Vaccination in Bombay 1863-1868 - 1863-1868
Year: 1863
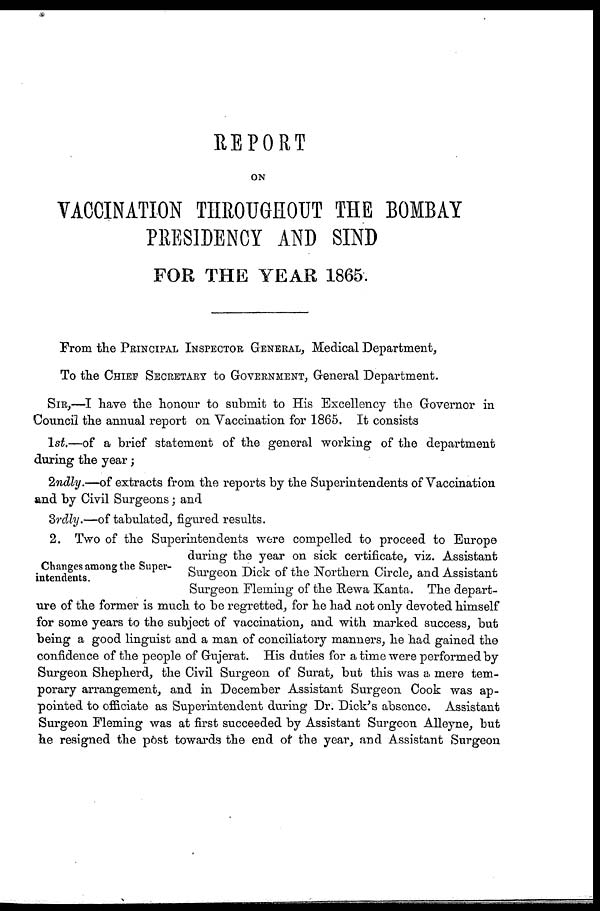
REPORT
ON
VACCINATION THROUGHOUT THE BOMBAY
PRESIDENCY AND SIND
FOR THE YEAR 1865.
From the PRINCIPAL INSPECTOR GENERAL, Medical Department,
To the CHIEF SECRETARY to GOVERNMENT, General Department.
SIR,—I have the honour to submit to His Excellency the Governor in
Council the annual report on Vaccination for 1865. It consists
1st.—of a brief statement of the general working of the department
during the year;
2ndly.—of extracts from the reports by the Superintendents of Vaccination
and by Civil Surgeons; and
3rdly.—of tabulated, figured results.
Changes among the Super-
intendents.
2. Two of the Superintendents were compelled to proceed to Europe
during the year on sick certificate, viz. Assistant
Surgeon Dick of the Northern Circle, and Assistant
Surgeon Fleming of the Rewa Kanta. The depart-
ure of the former is much to be regretted, for he had not only devoted himself
for some years to the subject of vaccination, and with marked success, but
being a good linguist and a man of conciliatory manners, he had gained the
confidence of the people of Gujerat. His duties for a time were performed by
Surgeon Shepherd, the Civil Surgeon of Surat, but this was a mere tem-
porary arrangement, and in December Assistant Surgeon Cook was ap-
pointed to officiate as Superintendent during Dr. Dick's absence. Assistant
Surgeon Fleming was at first succeeded by Assistant Surgeon Alleyne, but
he resigned the post towards the end of the year, and Assistant Surgeon